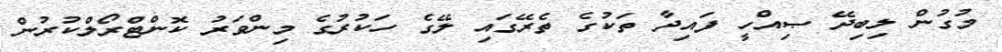
މުގުން ލިބިދޭ ޞިއްހީ ފައިދާ ތަކުގެ ތެރޭގައި ލޭގެ ހަކުރުގެ މިންވަރު ކޮންޓްރޯލްކުރުން